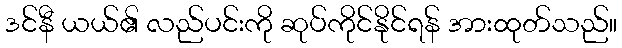
ဒင်နီ ယယ်၏ လည်ပင်းကို ဆုပ်ကိုင်နိုင်ရန် အားထုတ်သည်။